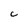
Character: C